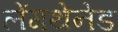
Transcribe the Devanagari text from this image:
लेंगथेनेड